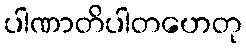
ပါဏာတိပါတဟေတု